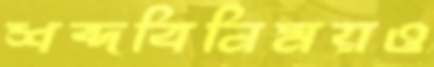
শব্দবিনিময়ও